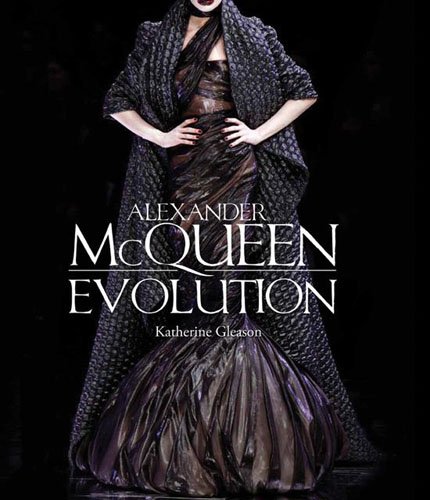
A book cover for Alexander McQueen: Evolution; Katherine Gleason; Arts & Photography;